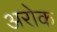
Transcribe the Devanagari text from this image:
अरोक